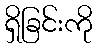
ရှိခြင်းကို